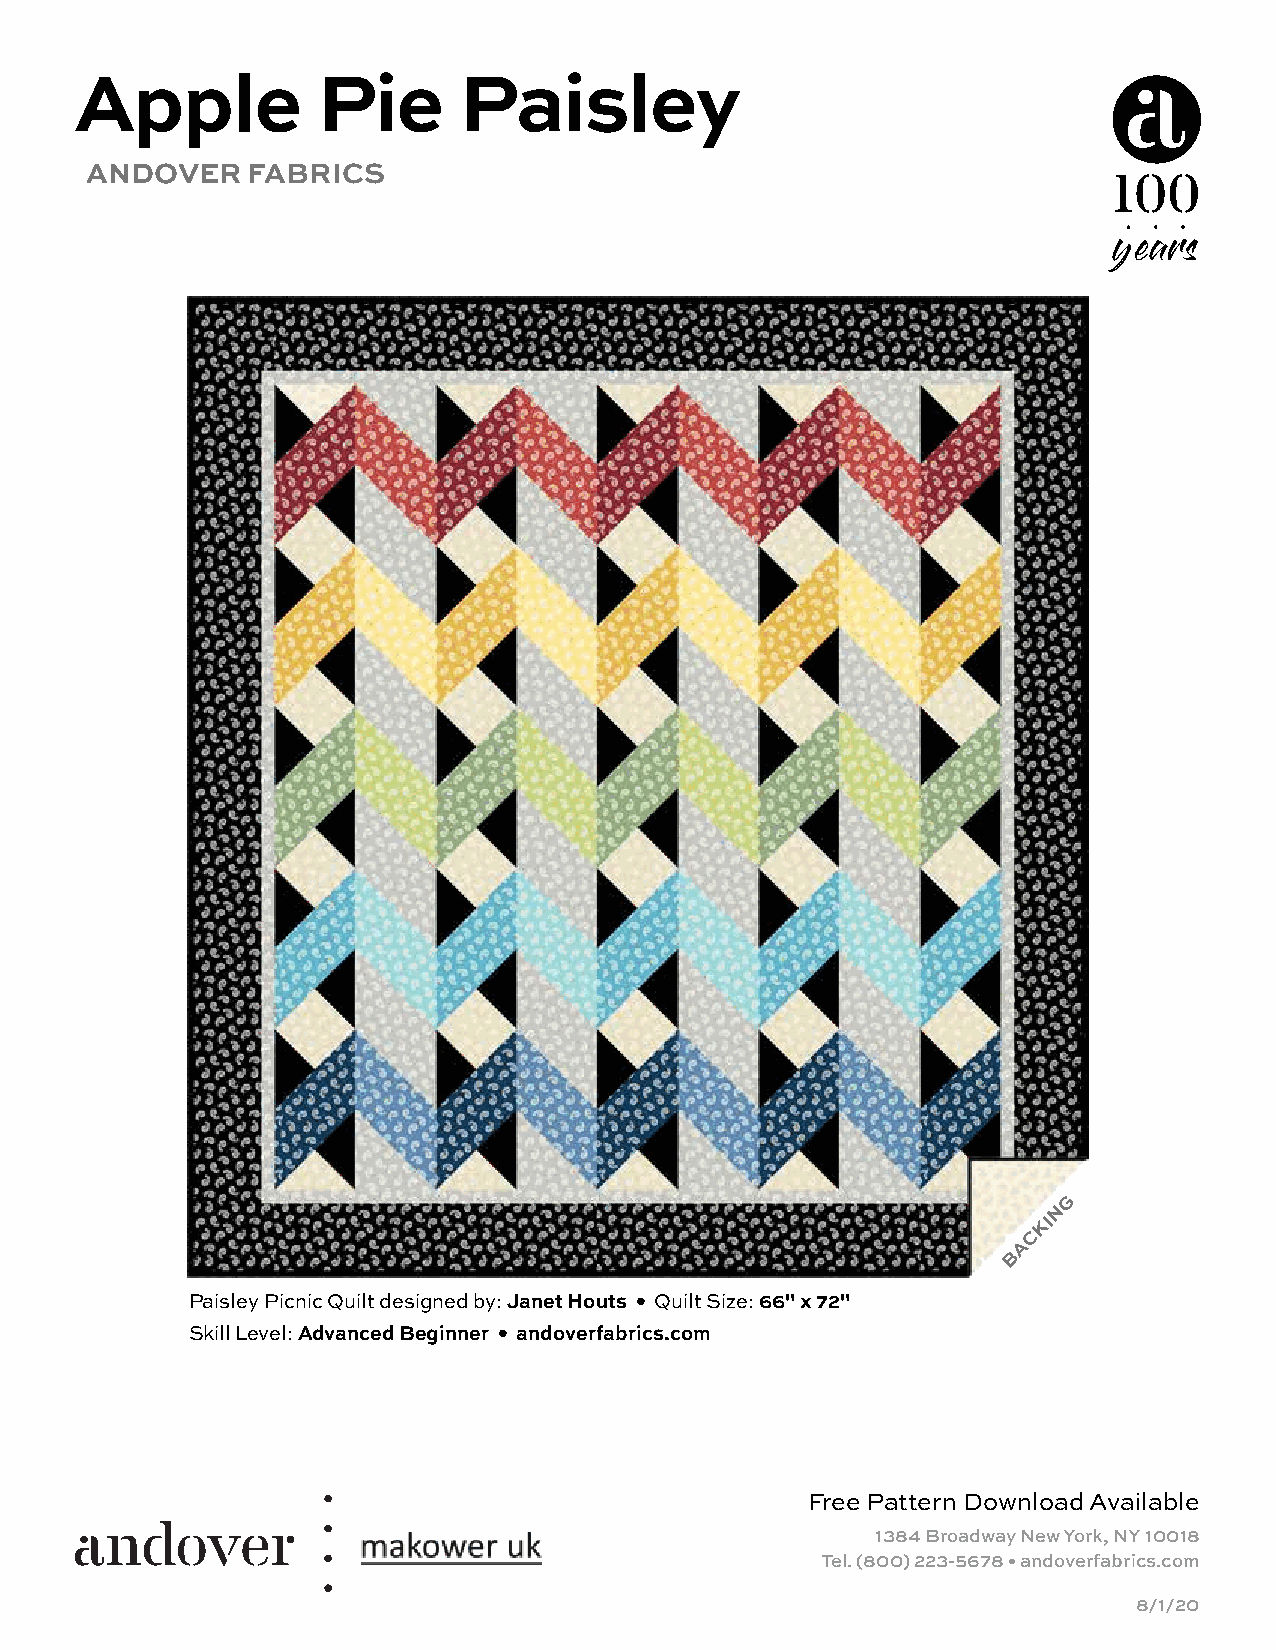
Apple           Pie      Paisley
 ANDOVER   FABRICS
 G
 N
 KI
 C
 A
 B
 Paisley Picnic Quilt designed by: Janet Houts • Quilt Size: 66" x 72"
 Skill Level: Advanced Beginner • andoverfabrics.com
 Free Pattern Download Available
 1384 Broadway New York, NY 10018
 Tel. (800) 223-5678 • andoverfabrics.com
 8/1/20